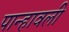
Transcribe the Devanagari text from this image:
पान्हावली